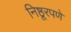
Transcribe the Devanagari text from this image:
निष्ठूरपणे